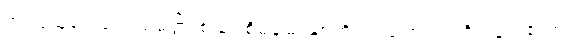
အရှင်သူဌေး၏။ သမ္ပတ္တိံ၊ စည်း စိမ်ချမ်းသာကို။ ကဏှေယျာတိ၊ ယူရာ၏ဟု။